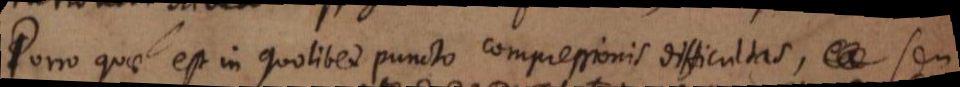
Porro quae est in quolibet puncto compressionis difficultas, seu